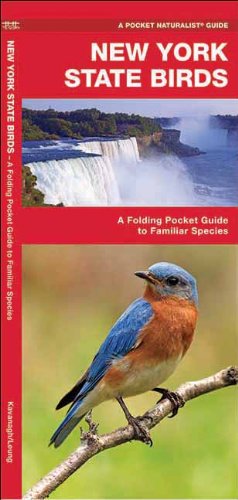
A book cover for New York State Birds: A Folding Pocket Guide to Familiar Species (Pocket Naturalist Guide Series); James Kavanagh; Travel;